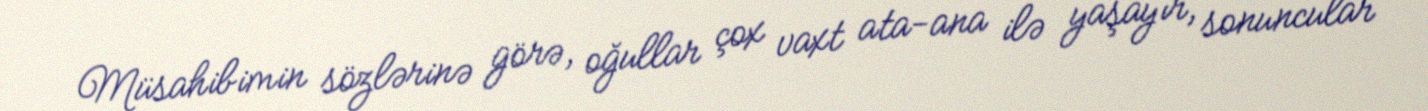
Müsahibimin sözlərinə görə, oğullar çox vaxt ata-ana ilə yaşayır, sonuncular